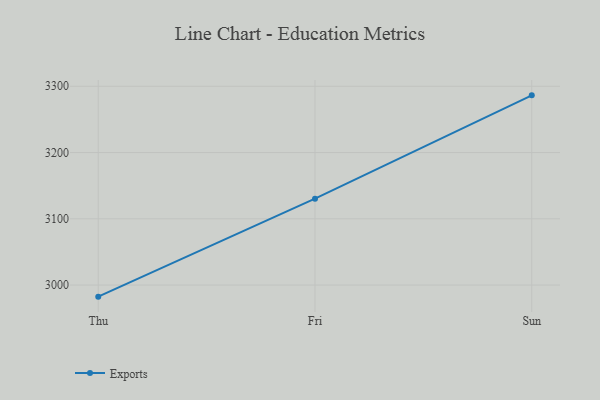
{"axis": {"x": "Day", "y": "Headcount"}, "legend": ["Exports"], "data": [{"x": "Thu", "y": 2982.5, "type": "Exports"}, {"x": "Fri", "y": 3130.4, "type": "Exports"}, {"x": "Sun", "y": 3286.3, "type": "Exports"}]}